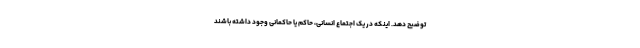
توضیح دهد. اینکه در یک اجتماع انسانی، حاکم یا حاکمانی وجود داشته باشند